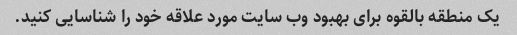
یک منطقه بالقوه برای بهبود وب سایت مورد علاقه خود را شناسایی کنید.